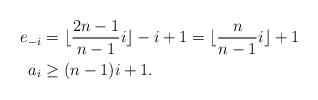
LaTeX: \begin{align*}e_{-i} & = \lfloor \frac{2n-1}{n-1}i \rfloor -i+1 = \lfloor \frac{n}{n-1}i \rfloor +1 \\a_i & \ge (n-1)i+1 .\end{align*}